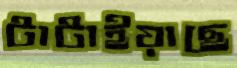
টাটাইয়াছে